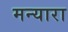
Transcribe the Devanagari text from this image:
मन्यारा